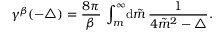
\gamma ^ { \beta } ( { - \triangle } ) = \frac { 8 \pi } { \beta } \, \int _ { m } ^ { \infty } \! { \mathrm d } \tilde { m } \, \frac { 1 } { 4 { \tilde { m } } ^ { 2 } - \triangle } .